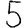
Digit: 5